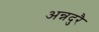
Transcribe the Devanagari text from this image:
अन्नदुरै